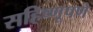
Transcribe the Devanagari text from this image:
सहिष्णूपणे